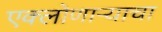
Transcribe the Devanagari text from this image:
एक्लोणार्‍याचा